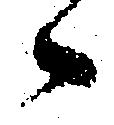
候